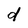
Character: d